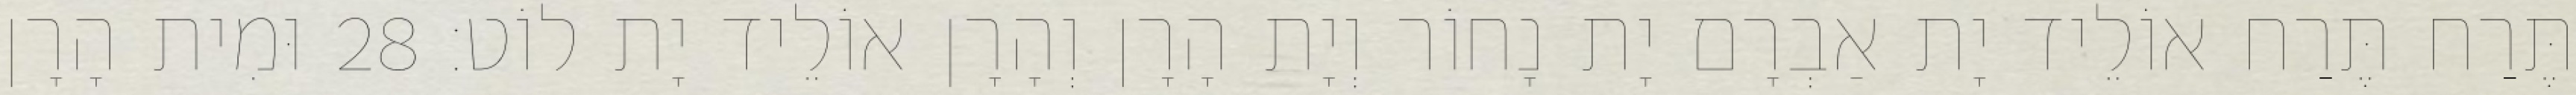
תֶּרַח תֶּרַח אוֹלֵיד יָת אַבְרָם יָת נָחוֹר וְיָת הָרָן וְהָרָן אוֹלֵיד יָת לוֹט׃ 28 וּמִית הָרָן